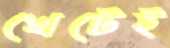
খেটেই